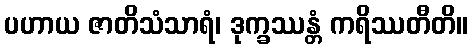
ပဟာယ ဇာတိသံသာရံ၊ ဒုက္ခဿန္တံ ကရိဿတီတိ။